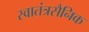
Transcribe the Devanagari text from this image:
स्वातंत्रसैनिक